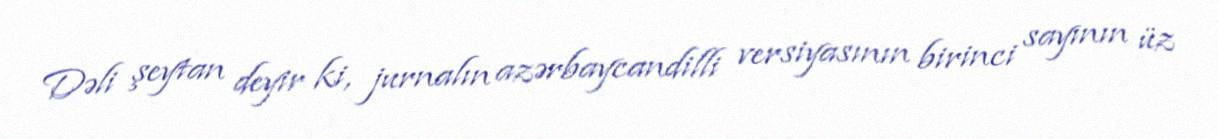
Dəli şeytan deyir ki, jurnalın azərbaycandilli versiyasının birinci sayının üz